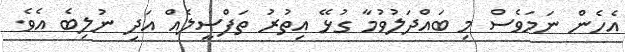
އެހެން ނަމަވެސް މި ބައްދަލުވުމާ ގުޅޭ އިތުރު ތަފްސީލެއް އަދި ނުލިބެ އެވެ.